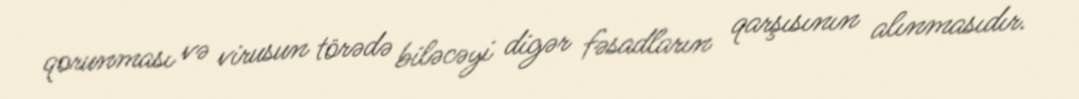
qorunması və virusun törədə biləcəyi digər fəsadların qarşısının alınmasıdır.